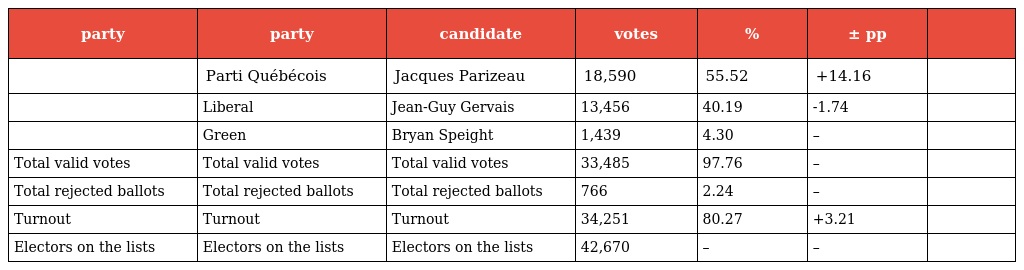
| party | party | candidate | votes | % | ± pp |  |
 | --- | --- | --- | --- | --- | --- | --- |
 |  | Parti Québécois | Jacques Parizeau | 18,590 | 55.52 | +14.16 |  |
 |  | Liberal | Jean-Guy Gervais | 13,456 | 40.19 | -1.74 |  |
 |  | Green | Bryan Speight | 1,439 | 4.30 | – |  |
 | Total valid votes | Total valid votes | Total valid votes | 33,485 | 97.76 | – |  |
 | Total rejected ballots | Total rejected ballots | Total rejected ballots | 766 | 2.24 | – |  |
 | Turnout | Turnout | Turnout | 34,251 | 80.27 | +3.21 |  |
 | Electors on the lists | Electors on the lists | Electors on the lists | 42,670 | – | – |  |